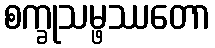
စက္ခုသမ္ဖဿတော